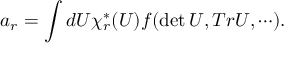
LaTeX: a _ { r } = \int d U \chi _ { r } ^ { * } ( U ) f ( \operatorname * { d e t } U , T r U , \cdots ) .